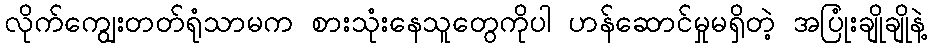
လိုက်ကျွေးတတ်ရုံသာမက စားသုံးနေသူတွေကိုပါ ဟန်ဆောင်မှုမရှိတဲ့ အပြုံးချိုချိုနဲ့